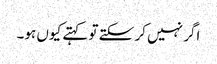
اگر نہیں کر سکتے تو کہتے کیوں ہو۔